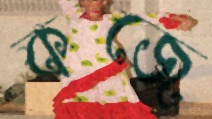
কজে